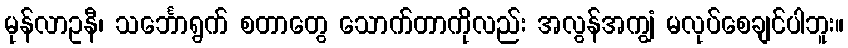
မုန်လာဥနီ၊ သင်္ဘောရွက် စတာတွေ သောက်တာကိုလည်း အလွန်အကျွံ မလုပ်စေချင်ပါဘူး။